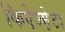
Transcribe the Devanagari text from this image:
किऐज्म़ेटा